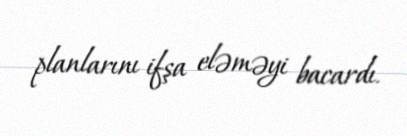
planlarını ifşa eləməyi bacardı.